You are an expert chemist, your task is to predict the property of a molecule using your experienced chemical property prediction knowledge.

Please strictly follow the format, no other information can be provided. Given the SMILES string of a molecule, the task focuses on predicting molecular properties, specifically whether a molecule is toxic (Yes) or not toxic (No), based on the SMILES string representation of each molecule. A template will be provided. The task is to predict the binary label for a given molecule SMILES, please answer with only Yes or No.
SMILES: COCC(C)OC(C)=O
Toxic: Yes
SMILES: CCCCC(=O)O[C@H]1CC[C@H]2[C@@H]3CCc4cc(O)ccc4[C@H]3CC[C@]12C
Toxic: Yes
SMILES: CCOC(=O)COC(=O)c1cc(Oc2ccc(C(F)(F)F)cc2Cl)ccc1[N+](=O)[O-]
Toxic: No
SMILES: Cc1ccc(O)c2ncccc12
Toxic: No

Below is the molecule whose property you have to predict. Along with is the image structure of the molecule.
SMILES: CCN(CC)CC(=O)Oc1ccc(NC(C)=O)cc1
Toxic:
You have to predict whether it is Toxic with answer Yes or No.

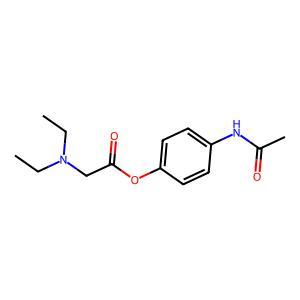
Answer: No